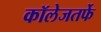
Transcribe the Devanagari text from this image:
कॉलेजतर्फे